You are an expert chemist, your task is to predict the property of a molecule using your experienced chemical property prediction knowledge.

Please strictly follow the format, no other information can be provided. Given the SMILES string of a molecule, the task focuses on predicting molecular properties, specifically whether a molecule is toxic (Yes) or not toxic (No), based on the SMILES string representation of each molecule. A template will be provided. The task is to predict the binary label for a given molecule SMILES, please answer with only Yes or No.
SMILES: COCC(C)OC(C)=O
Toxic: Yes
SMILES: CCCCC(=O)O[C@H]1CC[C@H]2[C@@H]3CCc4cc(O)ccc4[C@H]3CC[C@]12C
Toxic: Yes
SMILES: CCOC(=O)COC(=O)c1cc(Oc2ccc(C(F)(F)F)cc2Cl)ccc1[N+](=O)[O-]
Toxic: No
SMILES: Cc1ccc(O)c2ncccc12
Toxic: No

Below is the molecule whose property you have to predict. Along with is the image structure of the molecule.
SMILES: CCCCCCCCC
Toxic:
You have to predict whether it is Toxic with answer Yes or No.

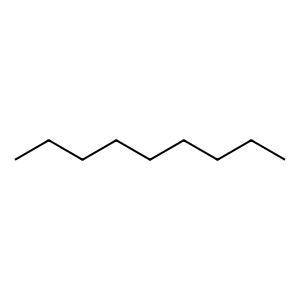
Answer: No